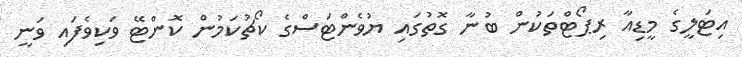
އިޓަލީގެ މީޑިއާ ރިޕޯޓްތަކުން ބުނާ ގޮތުގައި ޔުވެންޓަސްގެ ކޯޗުކަމުން ކޮންޓޭ ވަކިވެފައި ވަނީ